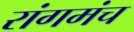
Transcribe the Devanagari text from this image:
रांगमंच